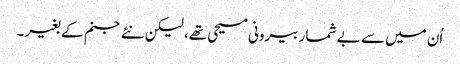
اُن میں سے بے شمار بیرونی مسیحی تھے، لیکن نئے جنم کے بغیر۔